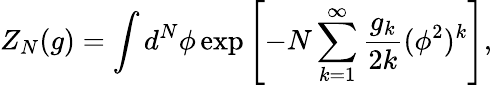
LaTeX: Z_{N}(g)=\int d^{N}\phi\exp\left[-N\sum_{k=1}^{\infty}\frac{g_{k}}{2k}(\phi^{2})^{k}\right],